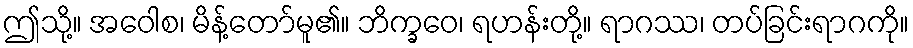
ဤသို့။ အဝေါစ၊ မိန့်တော်မူ၏။ ဘိက္ခဝေ၊ ရဟန်းတို့။ ရာဂဿ၊ တပ်ခြင်းရာဂကို။